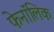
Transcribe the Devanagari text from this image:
फेनॉलिक